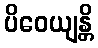
ပိဝေယျန္တိ